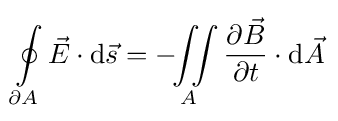
\oint \limits _{\partial A}{\vec {E}}\cdot \mathrm {d} {\vec {s}}=-\!\!\iint \limits _{A}{\frac {\partial {\vec {B}}}{\partial t}}\cdot \mathrm {d} {\vec {A}}